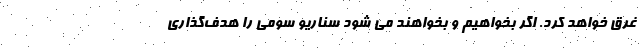
غرق خواهد کرد. اگر بخواهیم و بخواهند می شود سناریو سومی را هدف‌گذاری